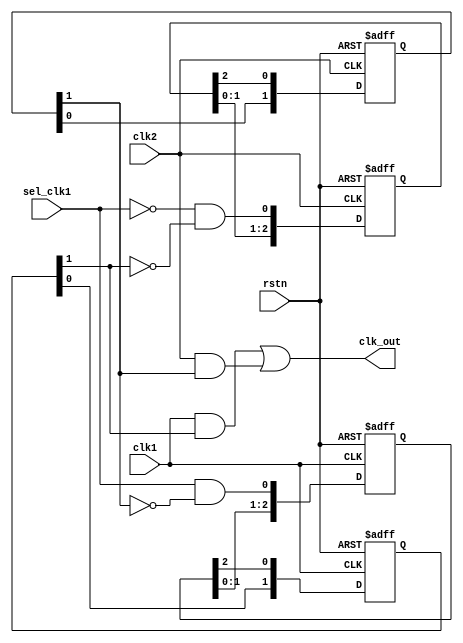
`timescale 1ns / 1ps
//////////////////////////////////////////////////////////////////////////////////
// Company: 
// Engineer: 
// 
// Design Name: 
// Module Name:    top 
// Project Name: 
// Target Devices: 
// Tool versions: 
// Description: 
//
// Dependencies: 
//
// Revision: 
// Revision 0.01 - File Created
// Additional Comments: 
//
//////////////////////////////////////////////////////////////////////////////////
module top(
	 input               rstn ,
    input               clk1,
    input               clk2,
    input               sel_clk1 , // 1 clk1, 0 clk2
    output              clk_out
    );
	reg [2:0]            sel_clk1_r ;
   reg [1:0]            sel_clk1_neg_r ;
   reg [2:0]            sel_clk2_r ;
   reg [1:0]            sel_clk2_neg_r ;
	always@(posedge clk1 or negedge rstn)begin
		if (!rstn) begin
         sel_clk1_r     <= 3'b111 ; //`Nq{
      end
      else begin
         //sel clk1, and not sel clk2
         sel_clk1_r     <= {sel_clk1_r[1:0], sel_clk1 & (!sel_clk2_neg_r[1])} ;
      end
   end
 
   //bUuA2wsH
   always @(negedge clk1 or negedge rstn) begin
      if (!rstn) begin
         sel_clk1_neg_r <= 2'b11 ; //`Nq{
      end
      else begin
         sel_clk1_neg_r <= {sel_clk1_neg_r[0], sel_clk1_r[2]} ;
      end
   end
 
   //3wsAPBt@HPH"and"@
   always @(posedge clk2 or negedge rstn) begin
      if (!rstn) begin
         sel_clk2_r     <= 3'b0 ; //`Nq?
      end
      else begin
         //sel clk2, and not sel clk1
         sel_clk2_r     <= {sel_clk2_r[1:0], !sel_clk1 & (!sel_clk1_neg_r[1])} ;
      end
   end
 
   //bUuA2wsH
   always @(negedge clk2 or negedge rstn) begin
      if (!rstn) begin
         sel_clk2_neg_r <= 2'b0 ; //`Nq{
      end
      else begin
         sel_clk2_neg_r <= {sel_clk2_neg_r[0], sel_clk2_r[2]} ;
      end
   end
	
	
   wire clk1_gate, clk2_gate ;
   and (clk1_gate, clk1, sel_clk1_neg_r[1]) ;
   and (clk2_gate, clk2, sel_clk2_neg_r[1]) ;
   or  (clk_out, clk1_gate, clk2_gate) ;
 
endmodule